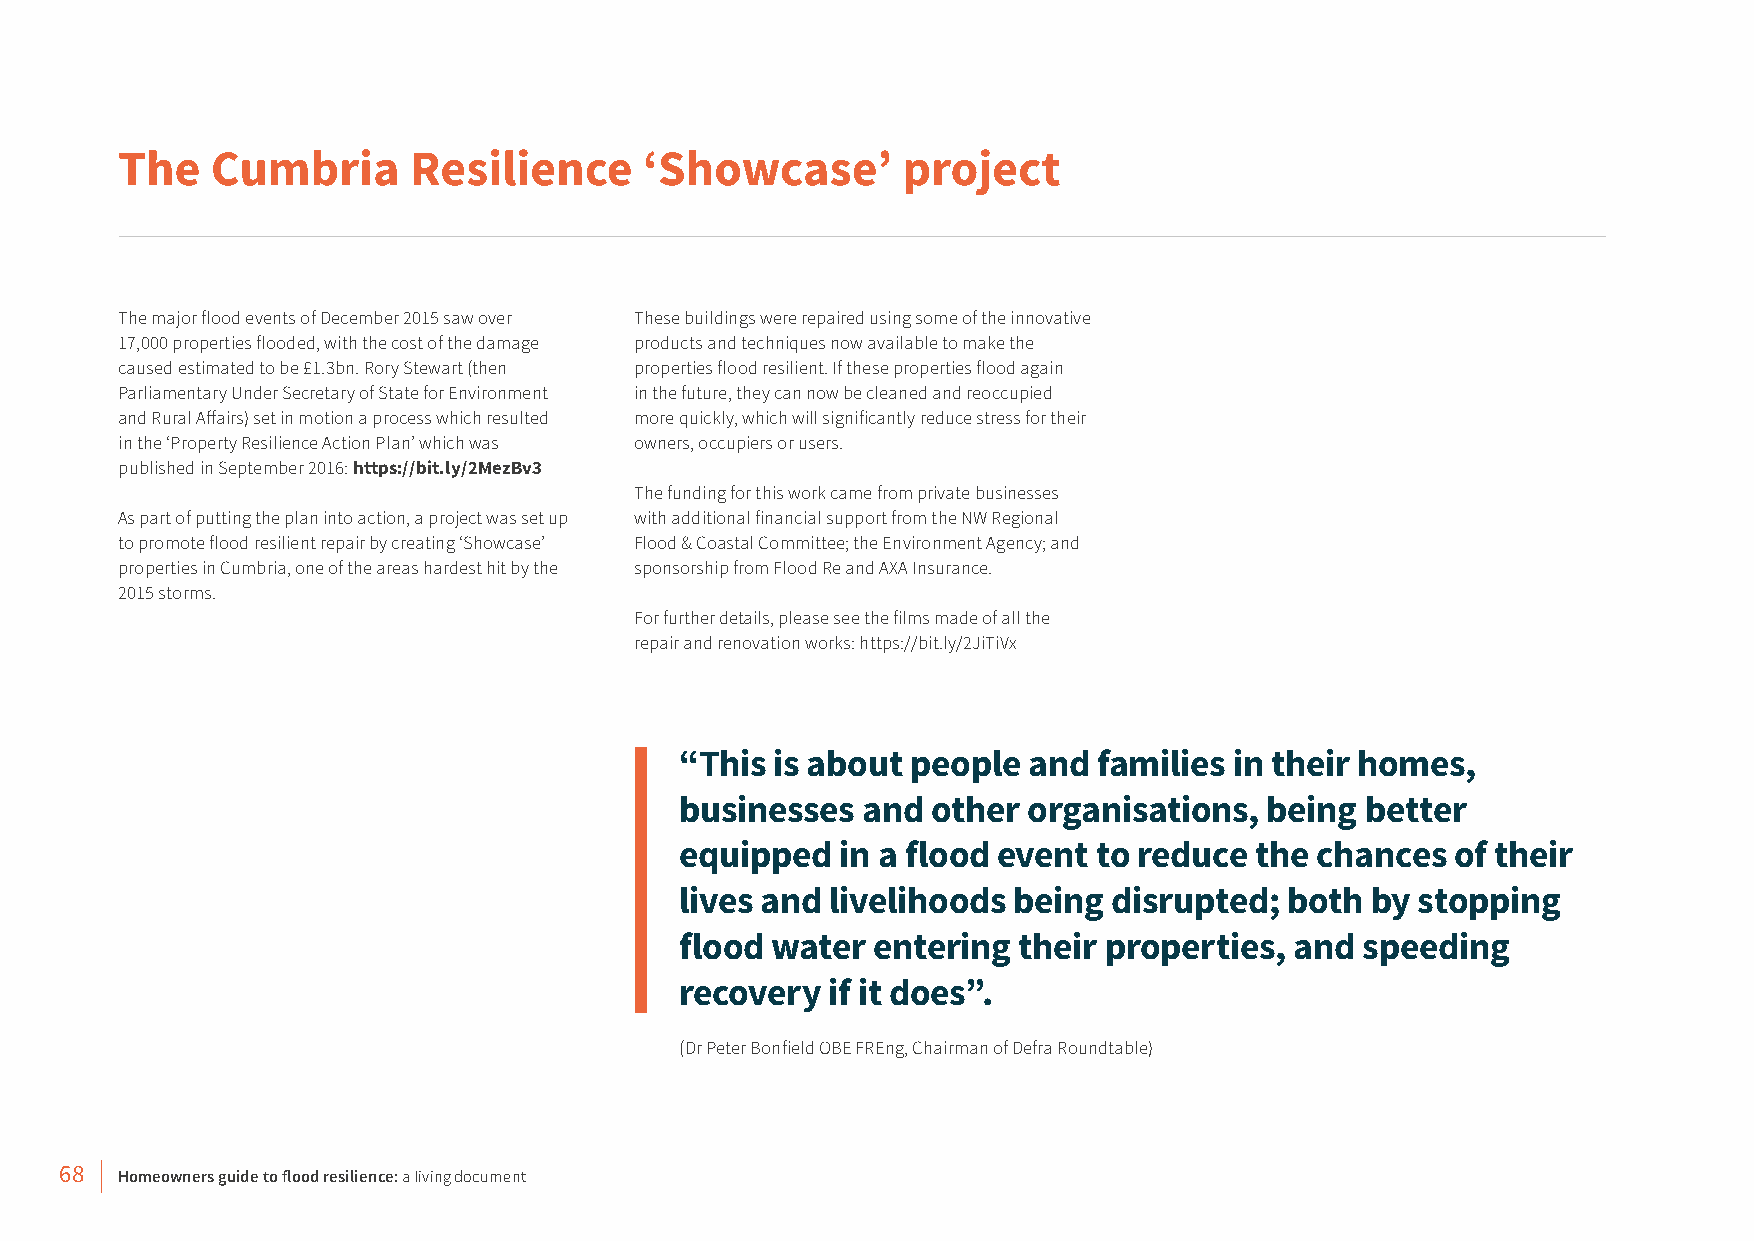
The   Cumbria      Resilience      ‘Showcase’       project
 The major flood events of December 2015 saw over These buildings were repaired using some of the innovative
 17,000 properties flooded, with the cost of the damage products and techniques now available to make the
 caused estimated to be £1.3bn. Rory Stewart (then properties flood resilient. If these properties flood again
 Parliamentary Under Secretary of State for Environment in the future, they can now be cleaned and reoccupied
 and Rural Affairs) set in motion a process which resulted more quickly, which will significantly reduce stress for their
 in the ‘Property Resilience Action Plan’ which was owners, occupiers or users.
 published in September 2016: https://bit.ly/2MezBv3
 The funding for this work came from private businesses
 As part of putting the plan into action, a project was set up with additional financial support from the NW Regional
 to promote flood resilient repair by creating ‘Showcase’ Flood & Coastal Committee; the Environment Agency; and
 properties in Cumbria, one of the areas hardest hit by the sponsorship from Flood Re and AXA Insurance.
 2015 storms.
 For further details, please see the films made of all the
 repair and renovation works: https://bit.ly/2JiTiVx
 “This is about people  and  families in their homes,
 businesses  and  other organisations,  being better
 equipped   in a flood event to reduce the chances  of their
 lives and livelihoods being  disrupted; both  by stopping
 flood water  entering their properties,  and speeding
 recovery  if it does”.
 (Dr Peter Bonfield OBE FREng, Chairman of Defra Roundtable)
 68  Homeowners guide to flood resilience: a living document